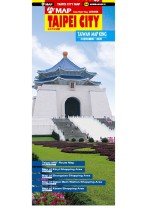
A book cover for Taipei City Map; Travel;